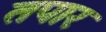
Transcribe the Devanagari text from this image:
तपार